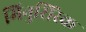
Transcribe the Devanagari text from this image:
मिनुसिंस्क